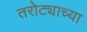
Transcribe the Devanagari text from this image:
तरोट्याच्या